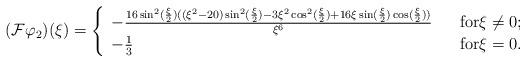
LaTeX: \begin{align*}( \mathcal{F} \varphi_{2} ) (\xi) = \left\{ \begin{array}{lll} - \frac{ 16 \sin^{2}(\frac{\xi}{2})(( \xi^{2} - 20 ) \sin^{2}(\frac{\xi}{2}) - 3 \xi^{2} \cos^{2}(\frac{\xi}{2}) + 16 \xi \sin (\frac{\xi}{2 }) \cos (\frac{\xi}{2})) }{\xi^{6}} & & \mbox{for} \xi \not = 0 ;\\ - \frac{1}{3} & & \mbox{for} \xi = 0 .\\\end{array}\right.\end{align*}